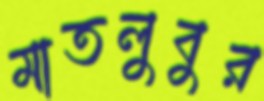
মাতলুবুর